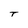
Character: T